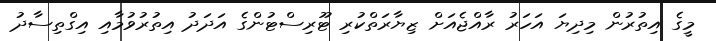
މީގެ އިތުރުން މިދިޔަ އަހަރު ރާއްޖެއަށް ޒިޔާރަތްކުރި ޓޫރިސްޓުންގެ އަދަދު އިތުރުވުމާއި އިގްތިސާދު